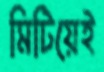
মিটিয়েই